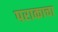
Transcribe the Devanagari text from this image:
पराकाचा